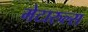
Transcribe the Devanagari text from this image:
मेटारुल्स